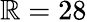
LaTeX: \mathbb{R}=28